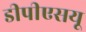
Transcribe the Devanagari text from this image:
डीपीएसयू